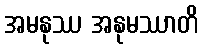
အမနုဿ အနုမဿာတိ